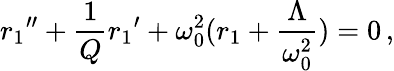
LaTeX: {r_{1}}^{\prime\prime}+\frac{1}{Q}{r_{1}}^{\prime}+\omega_{0}^{2}(r_{1}+\frac{\Lambda}{\omega_{0}^{2}})=0\, ,